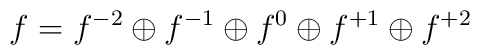
f = f^{-2} \oplus f ^{-1} \oplus f^{0} \oplus f ^{+1} \oplus f ^{+2}